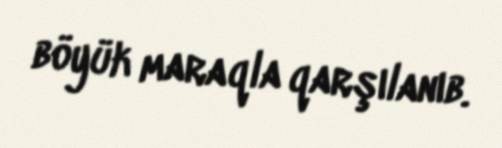
böyük maraqla qarşılanıb.